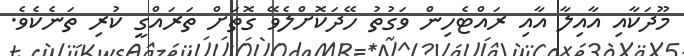
މޫދަކާއި އާއިލާ އާއި ރައްޓެހިން ވަގުތު ހޭދަކޮށްލެވޭ ގޮތަށް ތަރައްގީ ކުރި ތަނެކެވެ.